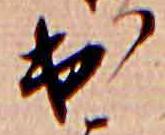
出